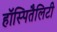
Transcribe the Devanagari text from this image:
हॉस्पितैलिटी